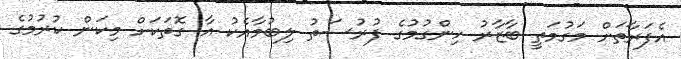
އެފަރާތަށް މަގުމަތީ ބާޒާރު ހިންގުމުގެ ފުރުސަތު ލިބުމާއެކު އާ ގޮތަކަށް މިކަން ކުރުމުގެ